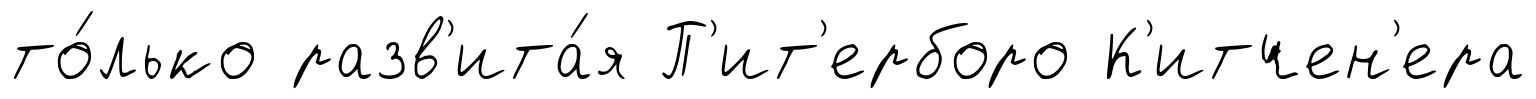
то́лько разв'ита́я П'ит'ерборо К'итчен'ера